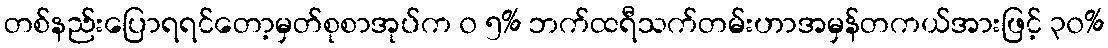
တစ်နည်းပြောရရင်တော့မှတ်စုစာအုပ်က ၀ ၅% ဘက်ထရီသက်တမ်းဟာအမှန်တကယ်အားဖြင့် ၃၀%